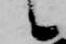
候